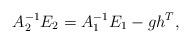
LaTeX: \begin{align*} A_2^{-1}E_2 =A_1^{-1}E_1-gh^T, \end{align*}